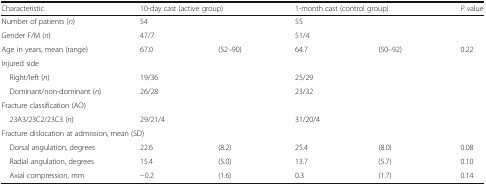
| Characteristic | <COLSPAN=2> 10-day cast (active group) | <COLSPAN=2> 1-month cast (control group) | P value |
 | --- | --- | --- | --- | --- | --- |
 | Number of patients (n) | 54 |  | 55 |  |  |
 | Gender F/M (n) | 47/7 |  | 51/4 |  |  |
 | Age in years, mean (range) | 67.0 | (52–90) | 64.7 | (50–92) | 0.22 |
 | <COLSPAN=6> Injured side |
 | Right/left (n) | 19/36 |  | 25/29 |  |  |
 | Dominant/non-dominant (n) | 26/28 |  | 23/32 |  |  |
 | <COLSPAN=6> Fracture classification (AO) |
 | 23A3/23C2/23C3 (n) | 29/21/4 |  | 31/20/4 |  |  |
 | <COLSPAN=6> Fracture dislocation at admission, mean (SD) |
 | Dorsal angulation, degrees | 22.6 | (8.2) | 25.4 | (8.0) | 0.08 |
 | Radial angulation, degrees | 15.4 | (5.0) | 13.7 | (5.7) | 0.10 |
 | Axial compression, mm | −0.2 | (1.6) | 0.3 | (1.7) | 0.14 |